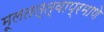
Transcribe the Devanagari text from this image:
मूलतत्त्वाप्रमाणे